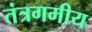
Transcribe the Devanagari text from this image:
तंत्रगमीय